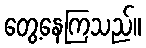
တွေ့နေကြသည်။